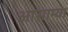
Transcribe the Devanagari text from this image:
आसाम्या